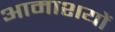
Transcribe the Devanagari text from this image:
आमाशयों